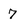
Character: 7